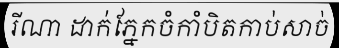
រីណា ដាក់ភ្នែកចំកាំបិតកាប់សាច់